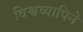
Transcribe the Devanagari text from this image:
विश्वव्यापिने